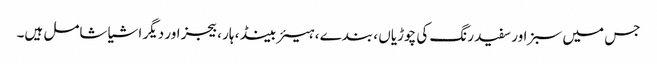
جس میں سبز اور سفید رنگ کی چوڑیاں ، بندے ، ہیئر بینڈ ، ہار ، بیجز اور دیگر اشیا شامل ہیں۔